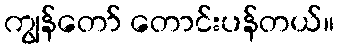
ကျွန်တော် တောင်းပန်တယ်။